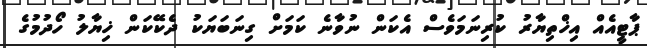
ޕާޓީއެއް އިޚްތިޔާރު ކުރިނަމަވެސް އެކަން ނުވާނެ ކަމަށް ގިނަބަޔަކު ދެކޭކަން ޚިޔާލު ހޯދުމުގެ